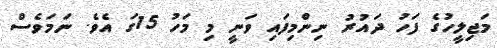
މަޖިލީހުގެ ފަހު ދައުރު ނިންމިފައި ވަނީ މި މަހު 15ގަ އެވެ. ނަމަވެސް